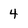
Character: 4